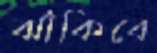
ঝাঁকিবে